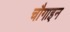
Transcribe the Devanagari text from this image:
चौगाइन